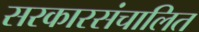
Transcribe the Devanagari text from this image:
सरकारसंचालित